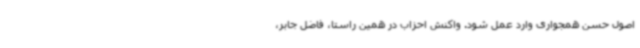
اصول حسن همجواری وارد عمل شود. واکنش احزاب در همین راستا، فاضل جابر،